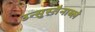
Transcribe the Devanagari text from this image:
उन्सुस्तैनाब्ले